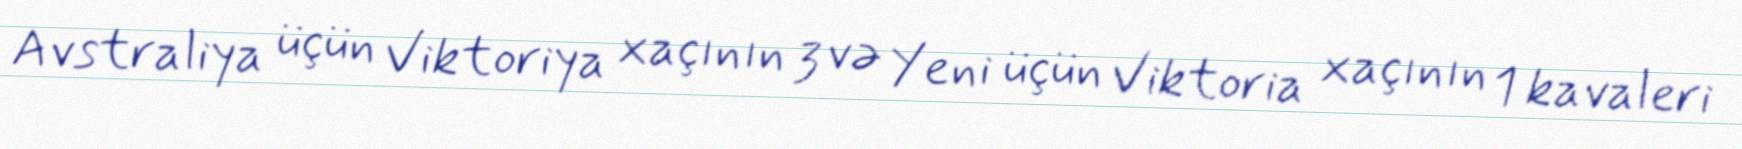
Avstraliya üçün Viktoriya xaçının 3 və Yeni üçün Viktoria xaçının 1 kavaleri